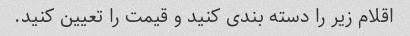
اقلام زیر را دسته بندی کنید و قیمت را تعیین کنید.